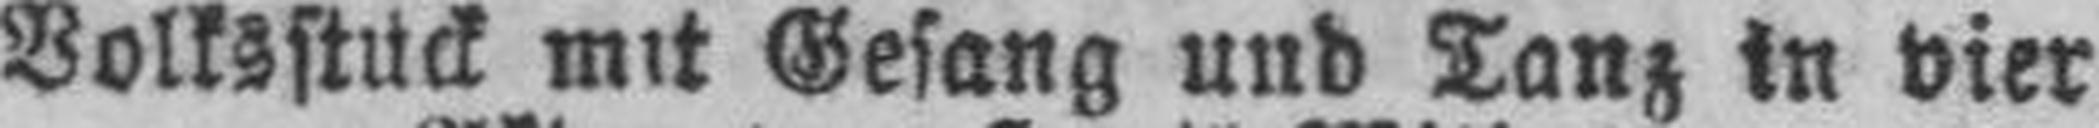
Volksstück mit Gesang und Tanz in vier